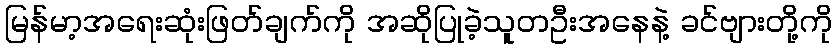
မြန်မာ့အရေးဆုံးဖြတ်ချက်ကို အဆိုပြုခဲ့သူတဦးအနေနဲ့ ခင်ဗျားတို့ကို